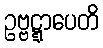
ဥဗ္ဗဋ္ဋာပေတိ